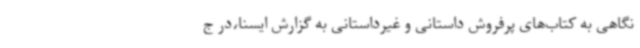
نگاهی به کتاب‌های پرفروش داستانی و غیرداستانی به گزارش ایسنا،در ج